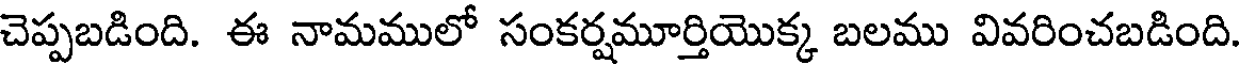
చెప్పబడింది. ఈ నామములో సంకర్షమూర్తియొక్క బలము వివరించబడింది